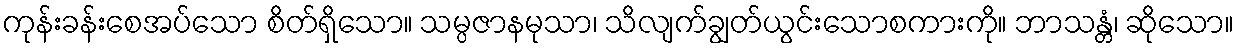
ကုန်းခန်းစေအပ်သော စိတ်ရှိသော။ သမ္ပဇာနမုသာ၊ သိလျက်ချွတ်ယွင်းသောစကားကို။ ဘာသန္တံ၊ ဆိုသော။